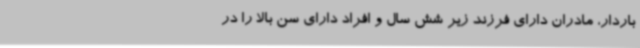
باردار، مادران دارای فرزند زیر شش سال و افراد دارای سن بالا را در